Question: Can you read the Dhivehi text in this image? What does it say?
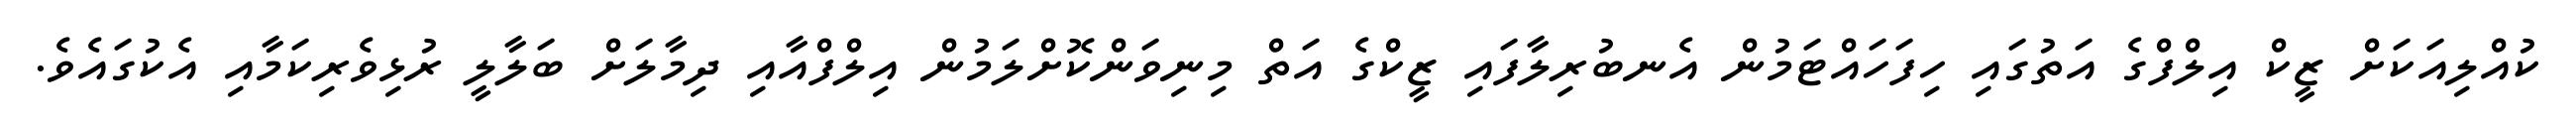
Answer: ކުއްލިއަކަށް ޒީކް އިލްފްގެ އަތުގައި ހިފަހައްޓަމުން އެނބުރިލާފައި ޒީކްގެ އަތް މިނިވަންކޮށްލަމުން އިލްފްއާއި ދިމާލަށް ބަލާލީ ރުޅިވެރިކަމާއި އެކުގައެވެ.